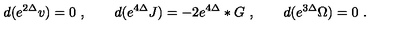
d ( e ^ { 2 \Delta } v ) = 0 \ , \qquad d ( e ^ { 4 \Delta } J ) = - 2 e ^ { 4 \Delta } * G \ , \qquad d ( e ^ { 3 \Delta } \Omega ) = 0 \ .